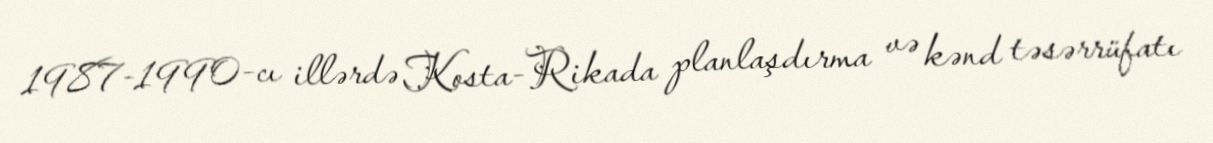
1987-1990-cı illərdə Kosta-Rikada planlaşdırma və kənd təsərrüfatı